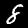
Digit: 8